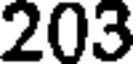
203